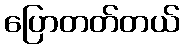
ပြောတတ်တယ်